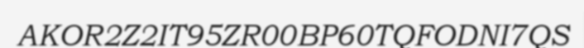
AKOR2Z2IT95ZR00BP60TQFODNI7QS